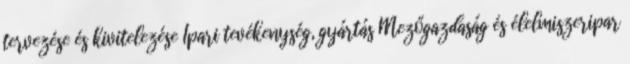
tervezése és kivitelezése Ipari tevékenység, gyártás Mezőgazdaság és élelmiszeripar